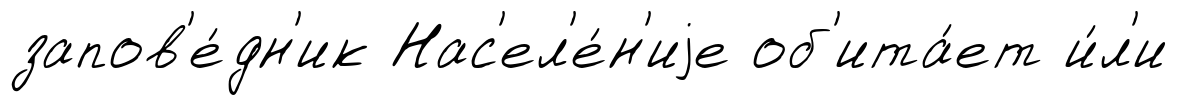
запов'е́дн'ик Нас'ел'е́н'иjе об'ита́ет и́л'и